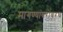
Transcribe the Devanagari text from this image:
मागण्यांबरोबरच